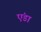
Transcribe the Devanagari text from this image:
एंडा